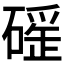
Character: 𥕬